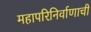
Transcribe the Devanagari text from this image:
महापरिनिर्वाणाची